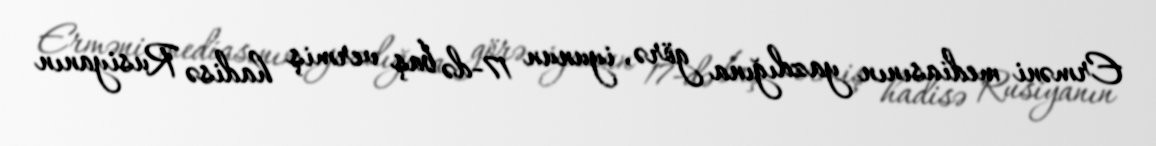
Erməni mediasının yazdığına görə, iyunun 17-də baş vermiş hadisə Rusiyanın